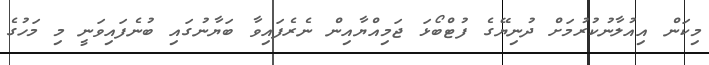
މިކަން އިއުލާނުކުރުމަށް ދުނިޔޭގެ ފުޓްބޯޅަ ޖަމިއްޔާއިން ނެރެފައިވާ ބަޔާނުގައި ބުނެފައިވަނީ މި މަހުގެ